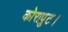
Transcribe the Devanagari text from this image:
कोरापुट।